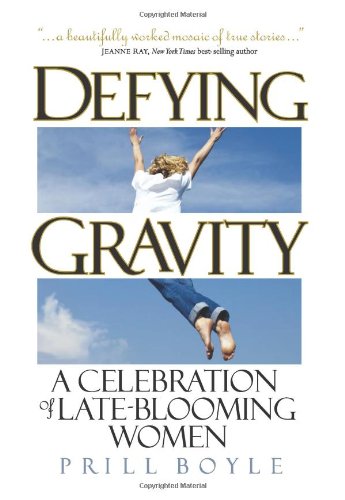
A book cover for Defying Gravity: A Celebration of Late-Blooming Women; Prill Boyle; Self-Help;